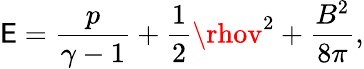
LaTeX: \mathsf{E}=\frac{{p}}{{\gamma-1}}+\frac{{1}}{{2}}\rhov^{2}+\frac{{B^{2}}}{{8\pi}},